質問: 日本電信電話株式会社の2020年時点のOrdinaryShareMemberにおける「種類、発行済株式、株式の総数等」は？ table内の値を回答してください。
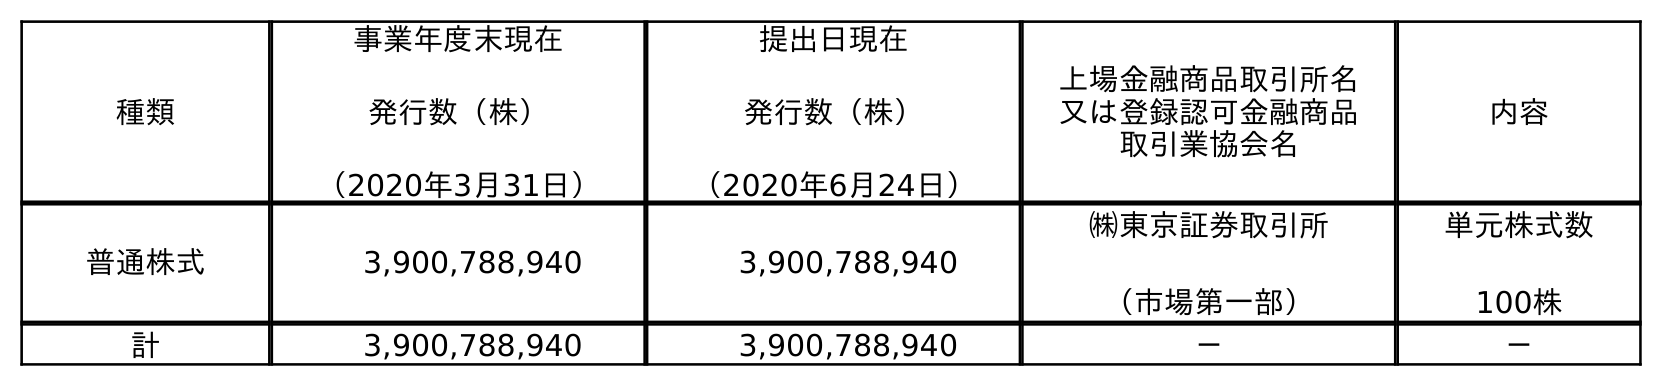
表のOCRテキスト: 種類 事業年度末現在 発行数（株） （2020年3月31日） 提出日現在 発行数（株） （2020年6月24日） 上場金融商品取引所名 又は登録認可金融商品 取引業協会名 内容 普通株式 3,900,788,940 3,900,788,940 ㈱東京証券取引所 （市場第一部） 単元株式数 100株 計 3,900,788,940 3,900,788,940 － －
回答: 普通株式